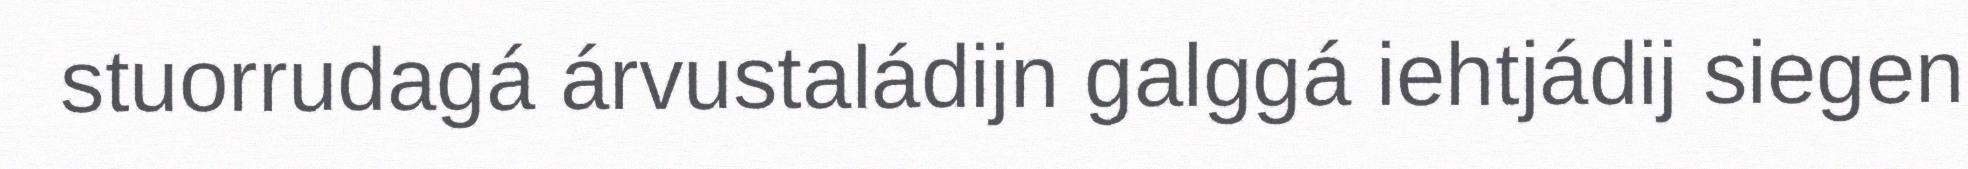
stuorrudagá árvustaládijn galggá iehtjádij siegen